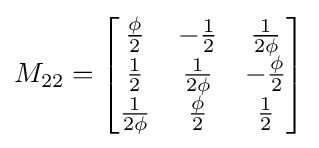
M_{22}={\begin{bmatrix}{\frac {\phi }{2}}&-{\frac {1}{2}}&{\frac {1}{2\phi }}\\{\frac {1}{2}}&{\frac {1}{2\phi }}&-{\frac {\phi }{2}}\\{\frac {1}{2\phi }}&{\frac {\phi }{2}}&{\frac {1}{2}}\end{bmatrix}}